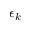
\epsilon _ { k }